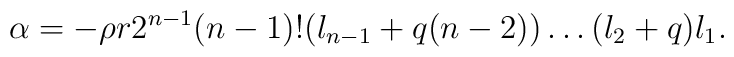
\alpha = -\rho r 2^{n-1} (n-1)! (l_{n-1}+q(n-2))\ldots(l_2+q)l_1.